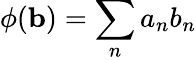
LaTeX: \phi(\mathbf{b})=\sum_{n}a_{n}b_{n}